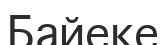
Байеке